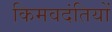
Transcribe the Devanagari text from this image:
किमवदंतियों